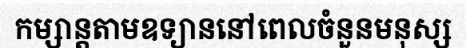
កម្សាន្តតាមឧទ្យាននៅពេលចំនួនមនុស្ស